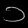
Digit: ၁